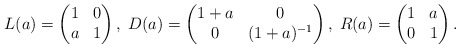
\begin{align*}L(a)=\left(\begin{matrix} 1 & 0 \\ a & 1 \end{matrix} \right), \; D(a)=\left(\begin{matrix} 1+a & 0 \\ 0 & (1+a)^{-1} \end{matrix} \right), \; R(a)=\left(\begin{matrix} 1 & a \\ 0 & 1 \end{matrix} \right).\end{align*}